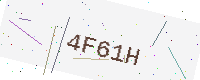
Text: 4F61H